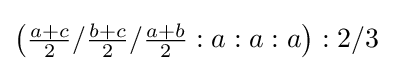
\left({\tfrac {a+c}{2}}/{\tfrac {b+c}{2}}/{\tfrac {a+b}{2}}:a:a:a\right):2/3